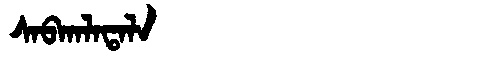
Manchu: ᠰᠠᠪᡴᠠᠯᠠᡨᠠᠯᠠ
Romanization: SABKALATALA